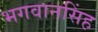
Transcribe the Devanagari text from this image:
भगवानसिंह